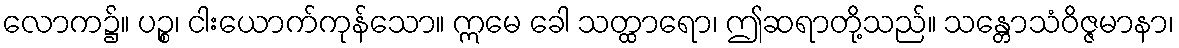
လောက၌။ ပဉ္စ၊ ငါးယောက်ကုန်သော။ ဣမေ ခေါ သတ္ထာရော၊ ဤဆရာတို့သည်။ သန္တောသံဝိဇ္ဇမာနာ၊